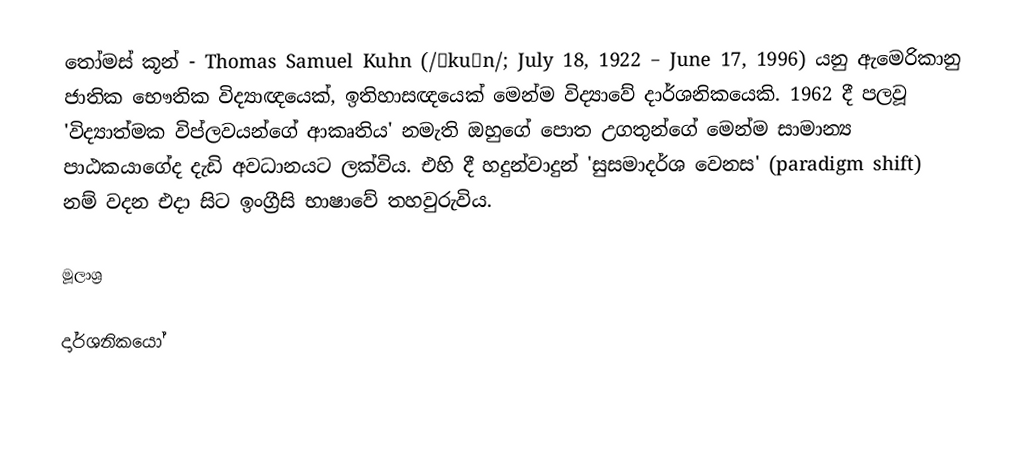
තෝමස්‌ කූන් - Thomas Samuel Kuhn (/ˈkuːn/; July 18, 1922 – June 17, 1996) යනු ඇමෙරිකානු ජාතික භෞතික විද්‍යාඥයෙක්, ඉතිහාසඥයෙක් මෙන්ම විද්‍යාවේ දාර්ශනිකයෙකි. 1962 දී පලවූ 'විද්‍යාත්මක විප්ලවයන්ගේ ආකෘතිය' නමැති ඔහුගේ පොත උගතුන්ගේ මෙන්ම සාමාන්‍ය පාඨකයාගේද දැඩි අවධානයට ලක්විය. එහි දී හදුන්වාදුන් 'සුසමාදර්ශ වෙනස' (paradigm shift) නම් වදන එදා සිට ඉංග්‍රීසි භාෂාවේ තහවුරුවිය.

මූලාශ්‍ර

දාර්ශනිකයෝ